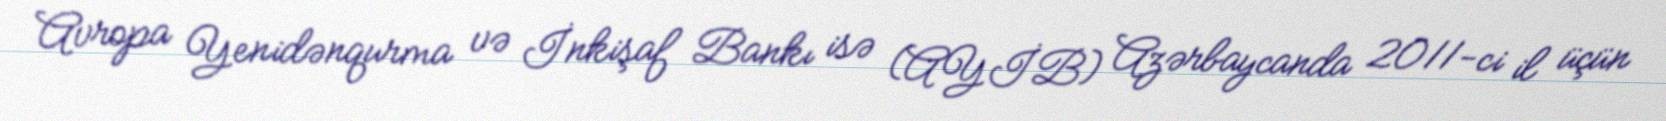
Avropa Yenidənqurma və İnkişaf Bankı isə (AYİB) Azərbaycanda 2011-ci il üçün